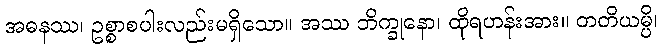
အဓနဿ၊ ဥစ္စာစပါးလည်းမရှိသော။ အဿ ဘိက္ခုနော၊ ထိုရဟန်းအား။ တတိယမ္ပိ၊